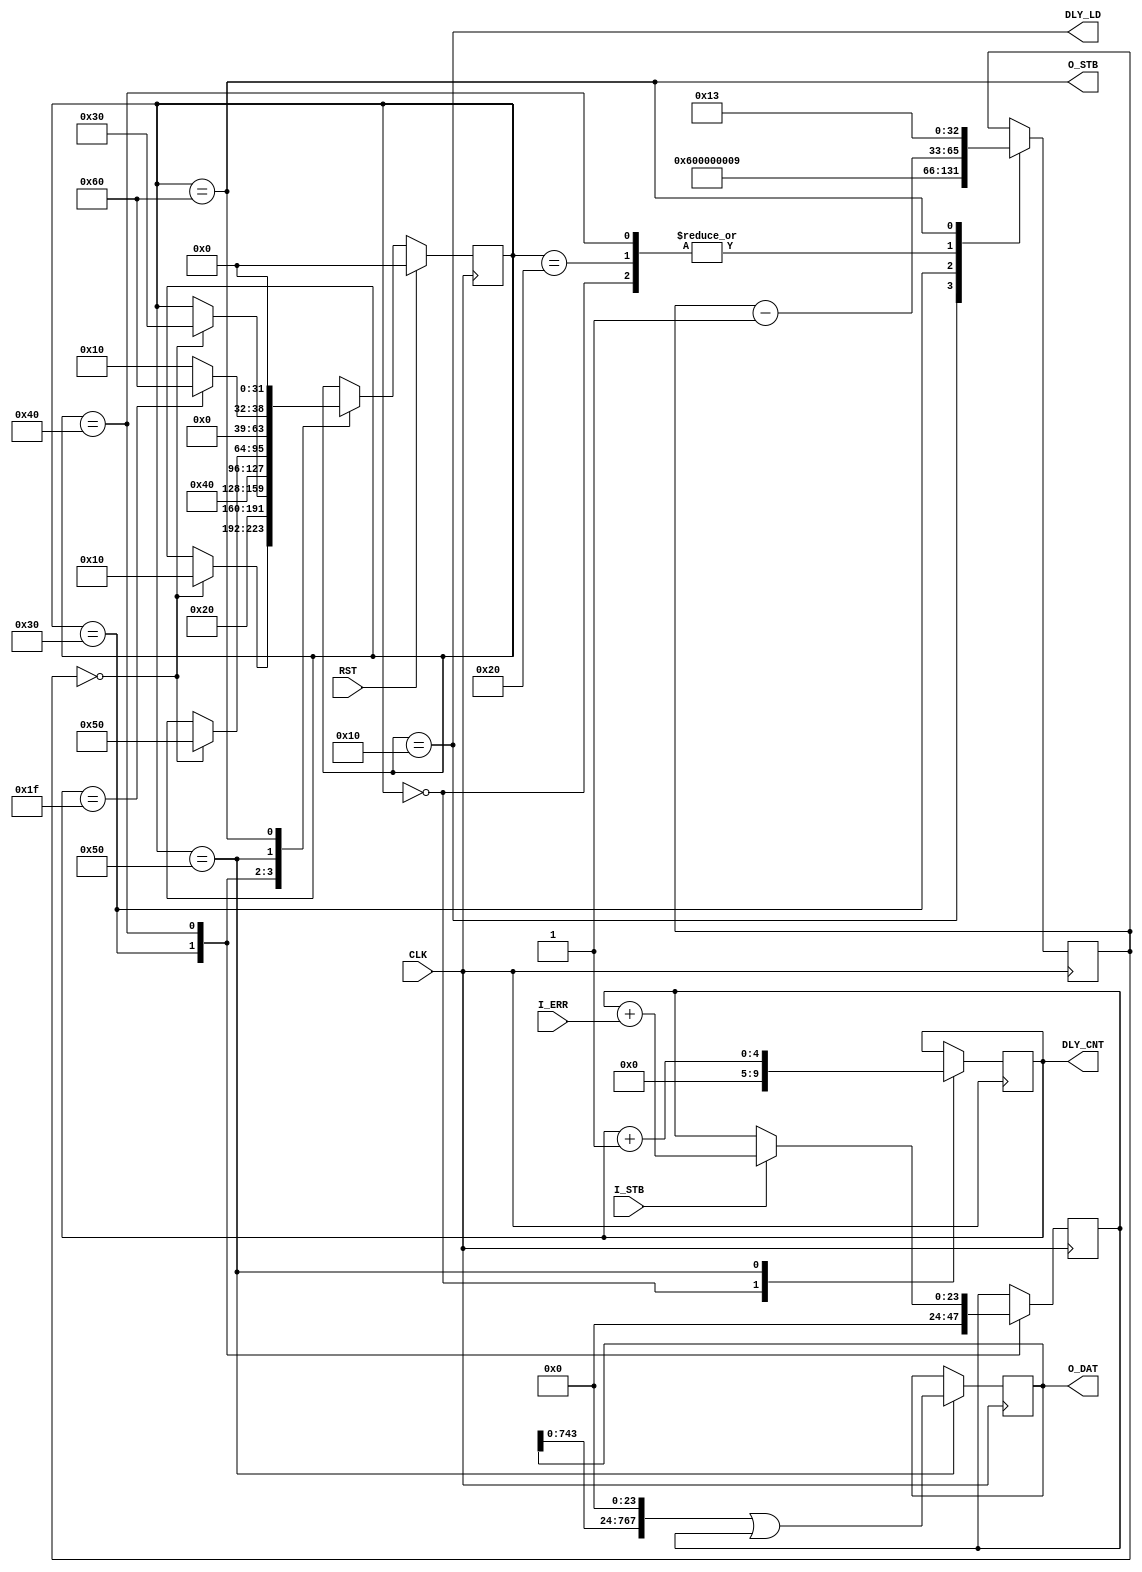
module error_counter #
(
parameter COUNT_WIDTH = 24,
parameter DELAY_TAPS  = 32,

parameter TRIGGER_INTERVAL = 20,//100000000,
parameter HOLDOFF_TIME     = 4,//10,
parameter MEASURE_TIME     = 10//50000
)
(
input  wire CLK,
input  wire RST,

input  wire I_STB,
input  wire I_ERR,

output wire DLY_LD,
output wire [$clog2(DELAY_TAPS)-1:0] DLY_CNT,

output wire O_STB,
output wire [COUNT_WIDTH*DELAY_TAPS-1:0] O_DAT
);

// ============================================================================
// FSM
integer fsm;

localparam FSM_IDLE     = 'h00;
localparam FSM_SETUP    = 'h10;
localparam FSM_HOLDOFF  = 'h20;
localparam FSM_PREPARE  = 'h30;
localparam FSM_MEASURE  = 'h40;
localparam FSM_STORE    = 'h50;
localparam FSM_OUTPUT   = 'h60;

// ============================================================================
// Counters
reg [32:0] ps_cnt;
reg [$clog2(DELAY_TAPS)-1:0] dly_cnt;

initial ps_cnt <= TRIGGER_INTERVAL - 1;

always @(posedge CLK)
    case (fsm)

    FSM_IDLE:       ps_cnt <= ps_cnt - 1;
    FSM_SETUP:      ps_cnt <= HOLDOFF_TIME - 1;
    FSM_HOLDOFF:    ps_cnt <= ps_cnt - 1;
    FSM_PREPARE:    ps_cnt <= MEASURE_TIME - 1;
    FSM_MEASURE:    ps_cnt <= ps_cnt - 1;
    FSM_OUTPUT:     ps_cnt <= TRIGGER_INTERVAL - 1;

    endcase

always @(posedge CLK)
    case (fsm)

    FSM_IDLE:       dly_cnt <= 0;
    FSM_STORE:      dly_cnt <= dly_cnt + 1;

    endcase

// ============================================================================
// IDELAY control
assign DLY_LD  = (fsm == FSM_SETUP);
assign DLY_CNT = dly_cnt;

// ============================================================================
// Error counter and output shift register
reg [(COUNT_WIDTH*DELAY_TAPS)-1:0] o_dat_sr;
reg [COUNT_WIDTH-1:0] err_cnt;

always @(posedge CLK)
    case (fsm)

    FSM_PREPARE:           err_cnt <= 0;
    FSM_MEASURE: if(I_STB) err_cnt <= err_cnt + I_ERR;

    endcase

always @(posedge CLK)
    if (fsm == FSM_STORE)
        o_dat_sr <= (o_dat_sr << COUNT_WIDTH) | err_cnt;

// ============================================================================
// Control FSM
always @(posedge CLK)
    if (RST)
        fsm <= FSM_IDLE;
    else case (fsm)

    FSM_IDLE:       if (ps_cnt == 0)  fsm <= FSM_SETUP;
    FSM_SETUP:      fsm <= FSM_HOLDOFF;
    FSM_HOLDOFF:    if (ps_cnt == 0)  fsm <= FSM_PREPARE;
    FSM_PREPARE:    fsm <= FSM_MEASURE;
    FSM_MEASURE:    if (ps_cnt == 0)  fsm <= FSM_STORE;
    FSM_STORE:      if (dly_cnt == (DELAY_TAPS-1))
                        fsm <= FSM_OUTPUT;
                    else
                        fsm <= FSM_SETUP;
    FSM_OUTPUT:     fsm <= FSM_IDLE;

    endcase

// ============================================================================
// Output
assign O_STB = (fsm == FSM_OUTPUT);
assign O_DAT = o_dat_sr;

endmodule